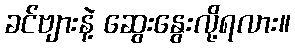
ခင်ဗျားနဲ့ ဆွေးနွေးလို့ရလား။